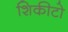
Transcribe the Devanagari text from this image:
शिकीटो